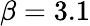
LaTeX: \beta=3.1